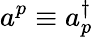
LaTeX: a^{p}\equiv a_{p}^{\dagger}